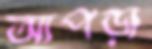
আপড়া